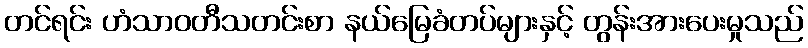
တင်ရင်း ဟံသာဝတီသတင်းစာ နယ်မြေခံတပ်များနှင့် တွန်းအားပေးမှုသည်